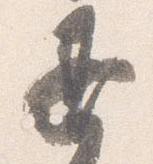
返